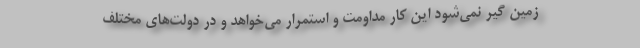
زمین گیر نمی‌شود این کار مداومت و استمرار می‌خواهد و در دولت‌های مختلف